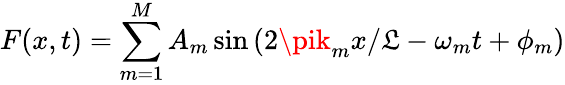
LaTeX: F(x,t)=\sum_{m=1}^{M}A_{m}\sin{(2\pik_{m}x/\mathfrak{L}-\omega_{m}t+\phi_{m})}